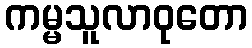
ကမ္မသူလာဝုတော